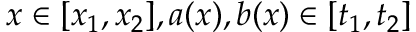
x \in [ x _ { 1 } , x _ { 2 } ] , a ( x ) , b ( x ) \in [ t _ { 1 } , t _ { 2 } ]